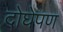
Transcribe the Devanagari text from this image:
दोघेपण